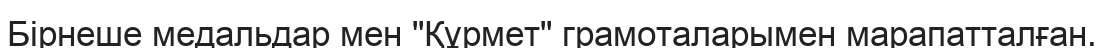
Бірнеше медальдар мен "Құрмет" грамоталарымен марапатталған.